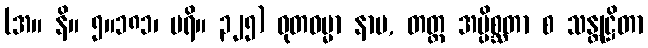
(အ။ နိ။ ၅။၁၈၁၊ ပရိ။ ၃၂၅) ဓုတဓမ္မာ နာမ, တတ္ထ အပ္ပိစ္ဆတာ စ သန္တုဋ္ဌိတာ